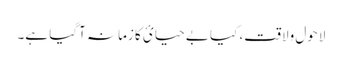
لاحول ولاقت، کیا بے حیائ کا زمانہ آگیا ہے۔